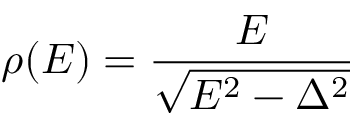
\rho ( E ) = \frac { E } { \sqrt { E ^ { 2 } - \Delta ^ { 2 } } }